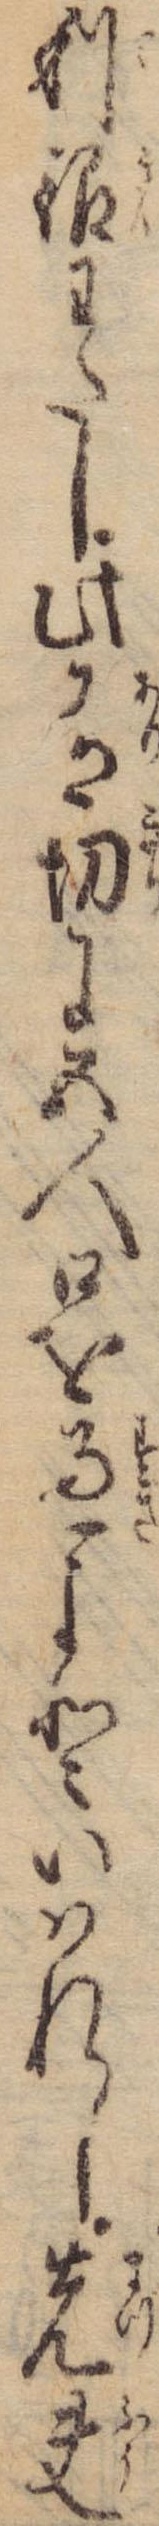
利銀わたし此有切に五人口を過よといはれし先夫